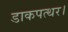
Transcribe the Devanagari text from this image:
डाकपत्थर।